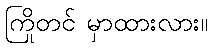
ကြိုတင် မှာထားလား။